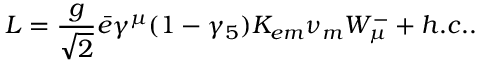
{ \cal L } = \frac { g } { \sqrt { 2 } } \bar { e } \gamma ^ { \mu } ( 1 - \gamma _ { 5 } ) K _ { e m } { \nu } _ { m } W _ { \mu } ^ { - } + h . c . .